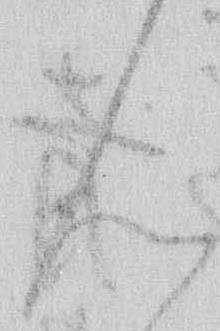
ん